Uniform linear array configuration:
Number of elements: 48
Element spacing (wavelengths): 1
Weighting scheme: hann
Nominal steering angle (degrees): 15
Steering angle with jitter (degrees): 16.977
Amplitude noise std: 0.05
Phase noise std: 0.05

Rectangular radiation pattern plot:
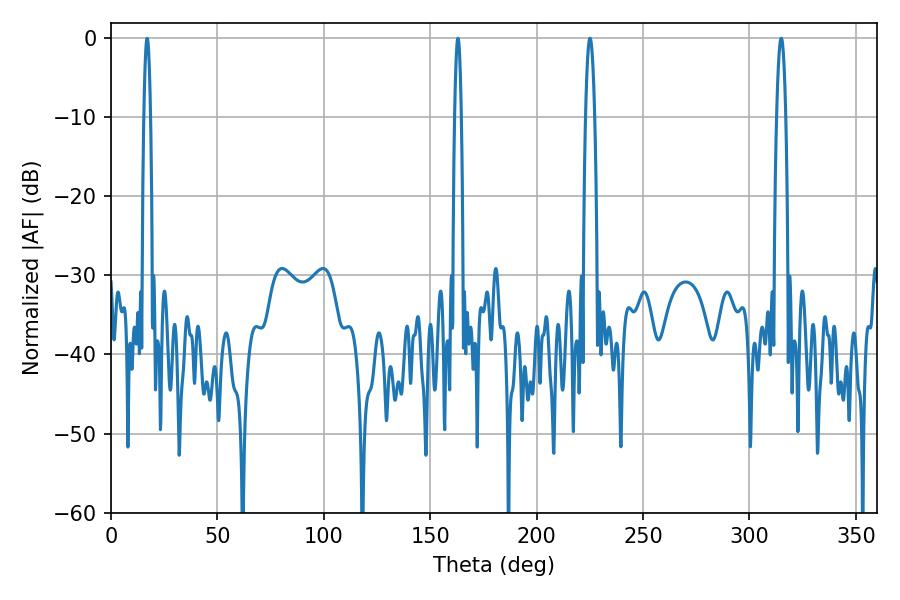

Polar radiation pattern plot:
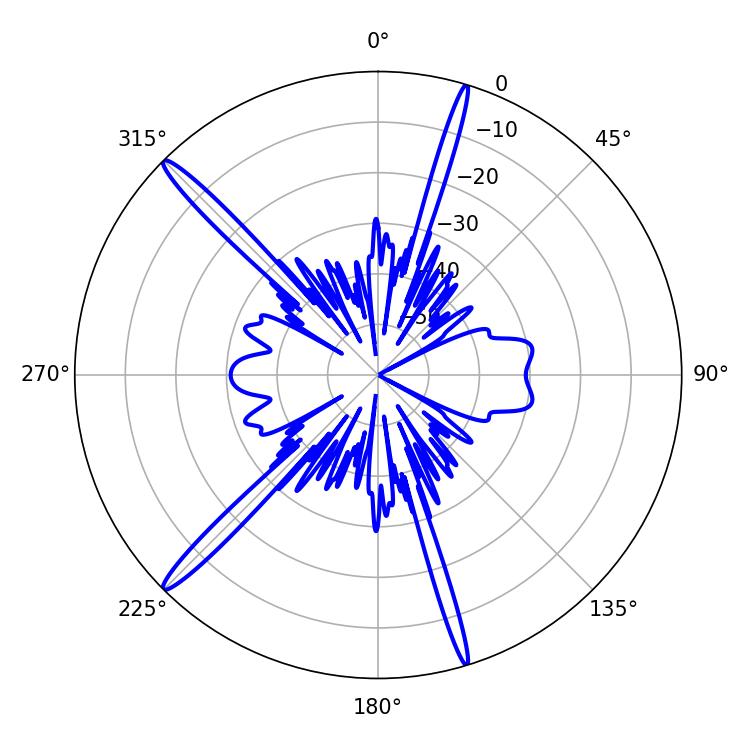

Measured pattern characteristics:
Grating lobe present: TRUE
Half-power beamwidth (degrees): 2.34
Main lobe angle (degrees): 225